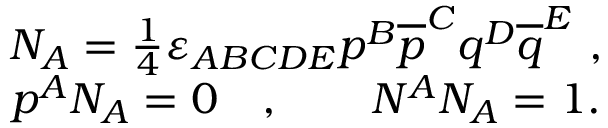
\begin{array} { c } { { N _ { A } = \frac 1 4 \varepsilon _ { A B C D E } p ^ { B } \overline { { { p } } } ^ { C } q ^ { D } \overline { { { q } } } ^ { E } \ , } } \\ { { p ^ { A } N _ { A } = 0 \quad , \qquad N ^ { A } N _ { A } = 1 . } } \end{array}